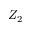
Z _ { 2 }